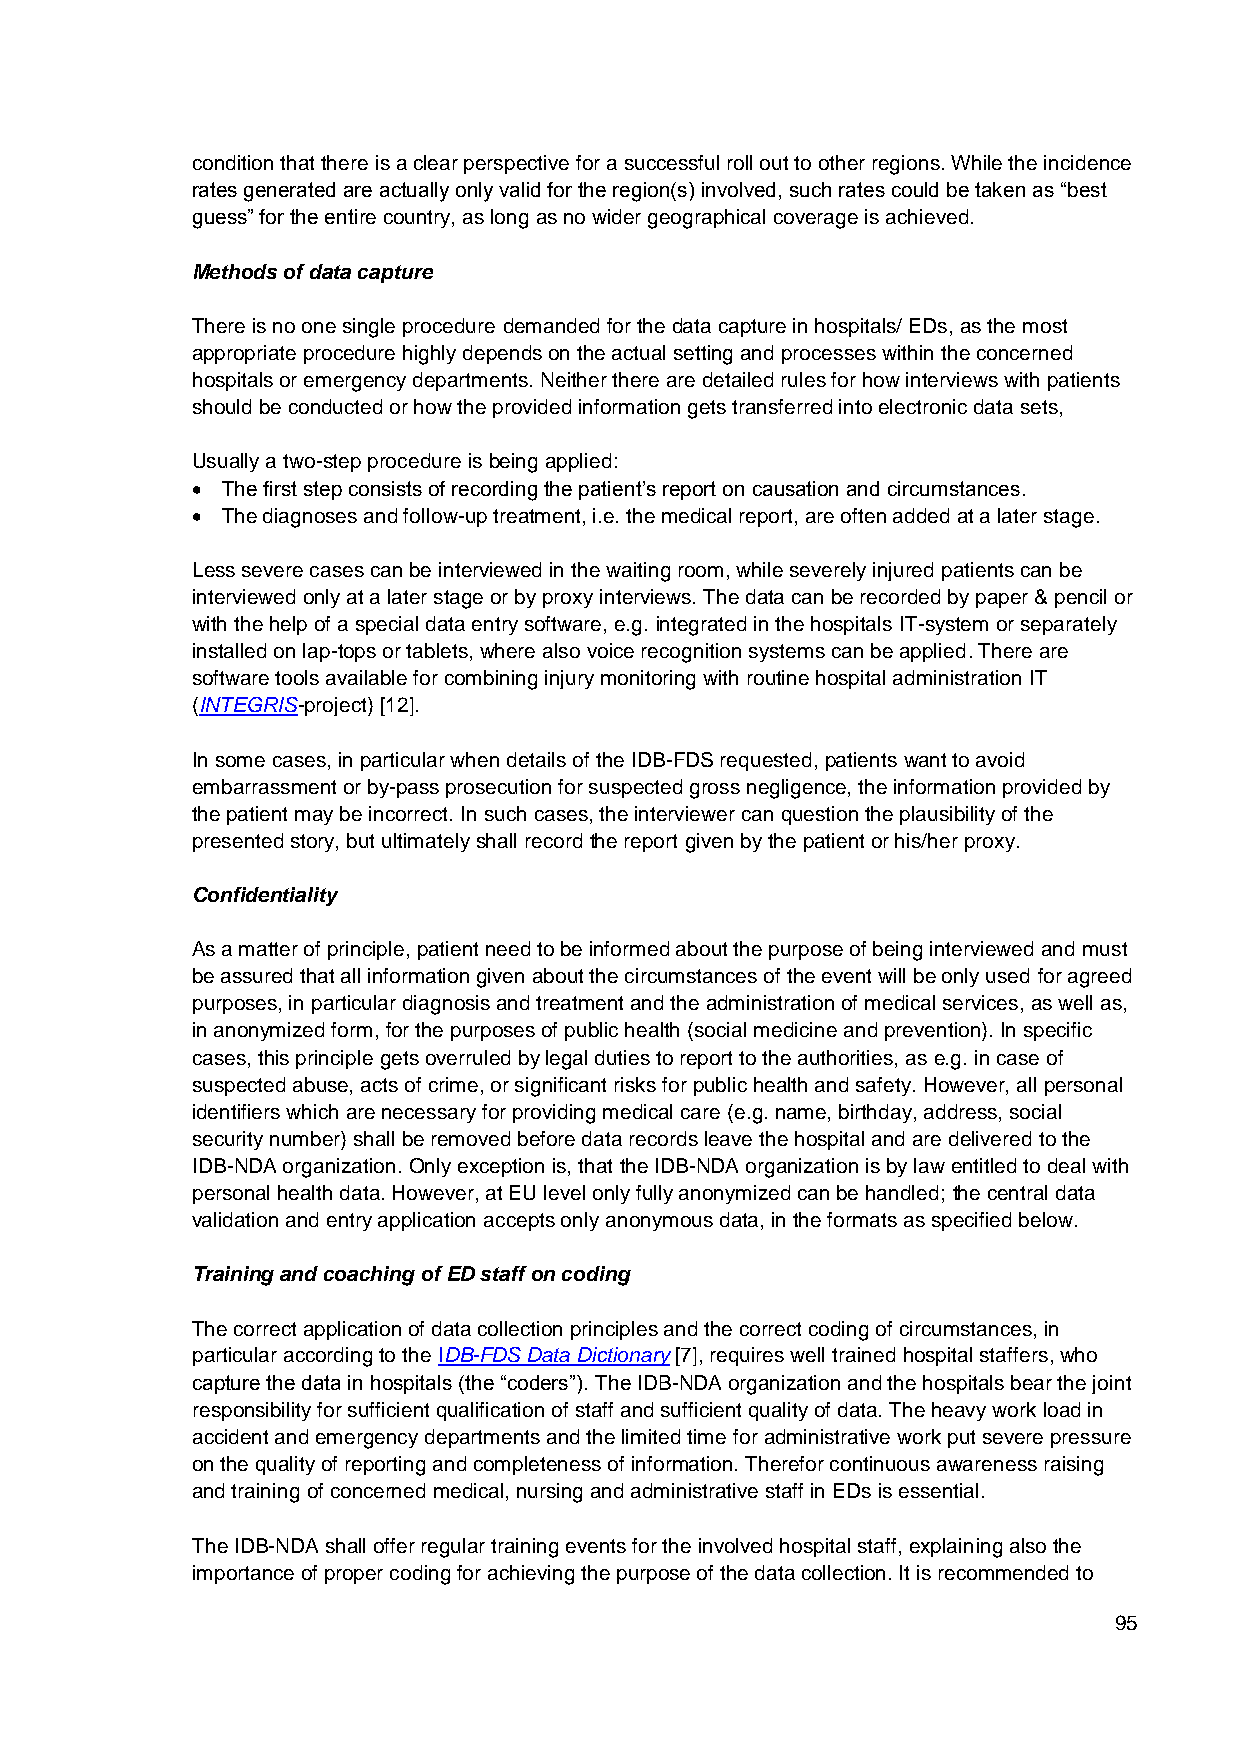
condition that there is a clear perspective for a successful roll out to other regions. While the incidence
 rates generated are actually only valid for the region(s) involved, such rates could be taken as “best
 guess” for the entire country, as long as no wider geographical coverage is achieved.
 Methods of data capture
 There is no one single procedure demanded for the data capture in hospitals/ EDs, as the most
 appropriate procedure highly depends on the actual setting and processes within the concerned
 hospitals or emergency departments. Neither there are detailed rules for how interviews with patients
 should be conducted or how the provided information gets transferred into electronic data sets,
 Usually a two-step procedure is being applied:
  The first step consists of recording the patient’s report on causation and circumstances.
  The diagnoses and follow-up treatment, i.e. the medical report, are often added at a later stage.
 Less severe cases can be interviewed in the waiting room, while severely injured patients can be
 interviewed only at a later stage or by proxy interviews. The data can be recorded by paper & pencil or
 with the help of a special data entry software, e.g. integrated in the hospitals IT-system or separately
 installed on lap-tops or tablets, where also voice recognition systems can be applied. There are
 software tools available for combining injury monitoring with routine hospital administration IT
 (INTEGRIS-project) [12].
 In some cases, in particular when details of the IDB-FDS requested, patients want to avoid
 embarrassment or by-pass prosecution for suspected gross negligence, the information provided by
 the patient may be incorrect. In such cases, the interviewer can question the plausibility of the
 presented story, but ultimately shall record the report given by the patient or his/her proxy.
 Confidentiality
 As a matter of principle, patient need to be informed about the purpose of being interviewed and must
 be assured that all information given about the circumstances of the event will be only used for agreed
 purposes, in particular diagnosis and treatment and the administration of medical services, as well as,
 in anonymized form, for the purposes of public health (social medicine and prevention). In specific
 cases, this principle gets overruled by legal duties to report to the authorities, as e.g. in case of
 suspected abuse, acts of crime, or significant risks for public health and safety. However, all personal
 identifiers which are necessary for providing medical care (e.g. name, birthday, address, social
 security number) shall be removed before data records leave the hospital and are delivered to the
 IDB-NDA organization. Only exception is, that the IDB-NDA organization is by law entitled to deal with
 personal health data. However, at EU level only fully anonymized can be handled; the central data
 validation and entry application accepts only anonymous data, in the formats as specified below.
 Training and coaching of ED staff on coding
 The correct application of data collection principles and the correct coding of circumstances, in
 particular according to the IDB-FDS Data Dictionary [7], requires well trained hospital staffers, who
 capture the data in hospitals (the “coders”). The IDB-NDA organization and the hospitals bear the joint
 responsibility for sufficient qualification of staff and sufficient quality of data. The heavy work load in
 accident and emergency departments and the limited time for administrative work put severe pressure
 on the quality of reporting and completeness of information. Therefor continuous awareness raising
 and training of concerned medical, nursing and administrative staff in EDs is essential.
 The IDB-NDA shall offer regular training events for the involved hospital staff, explaining also the
 importance of proper coding for achieving the purpose of the data collection. It is recommended to
 95